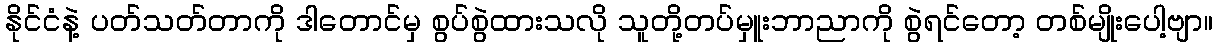
နိုင်ငံနဲ့ ပတ်သတ်တာကို ဒါတောင်မှ စွပ်စွဲထားသလို သူတို့တပ်မှူးဘာညာကို စွဲရင်တော့ တစ်မျိုးပေါ့ဗျာ။